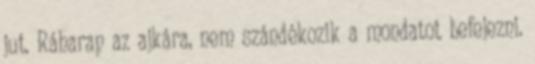
jut. Ráharap az ajkára, nem szándékozik a mondatot befejezni.